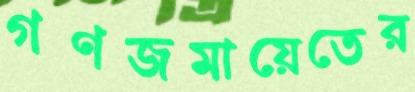
গণজমায়েতের